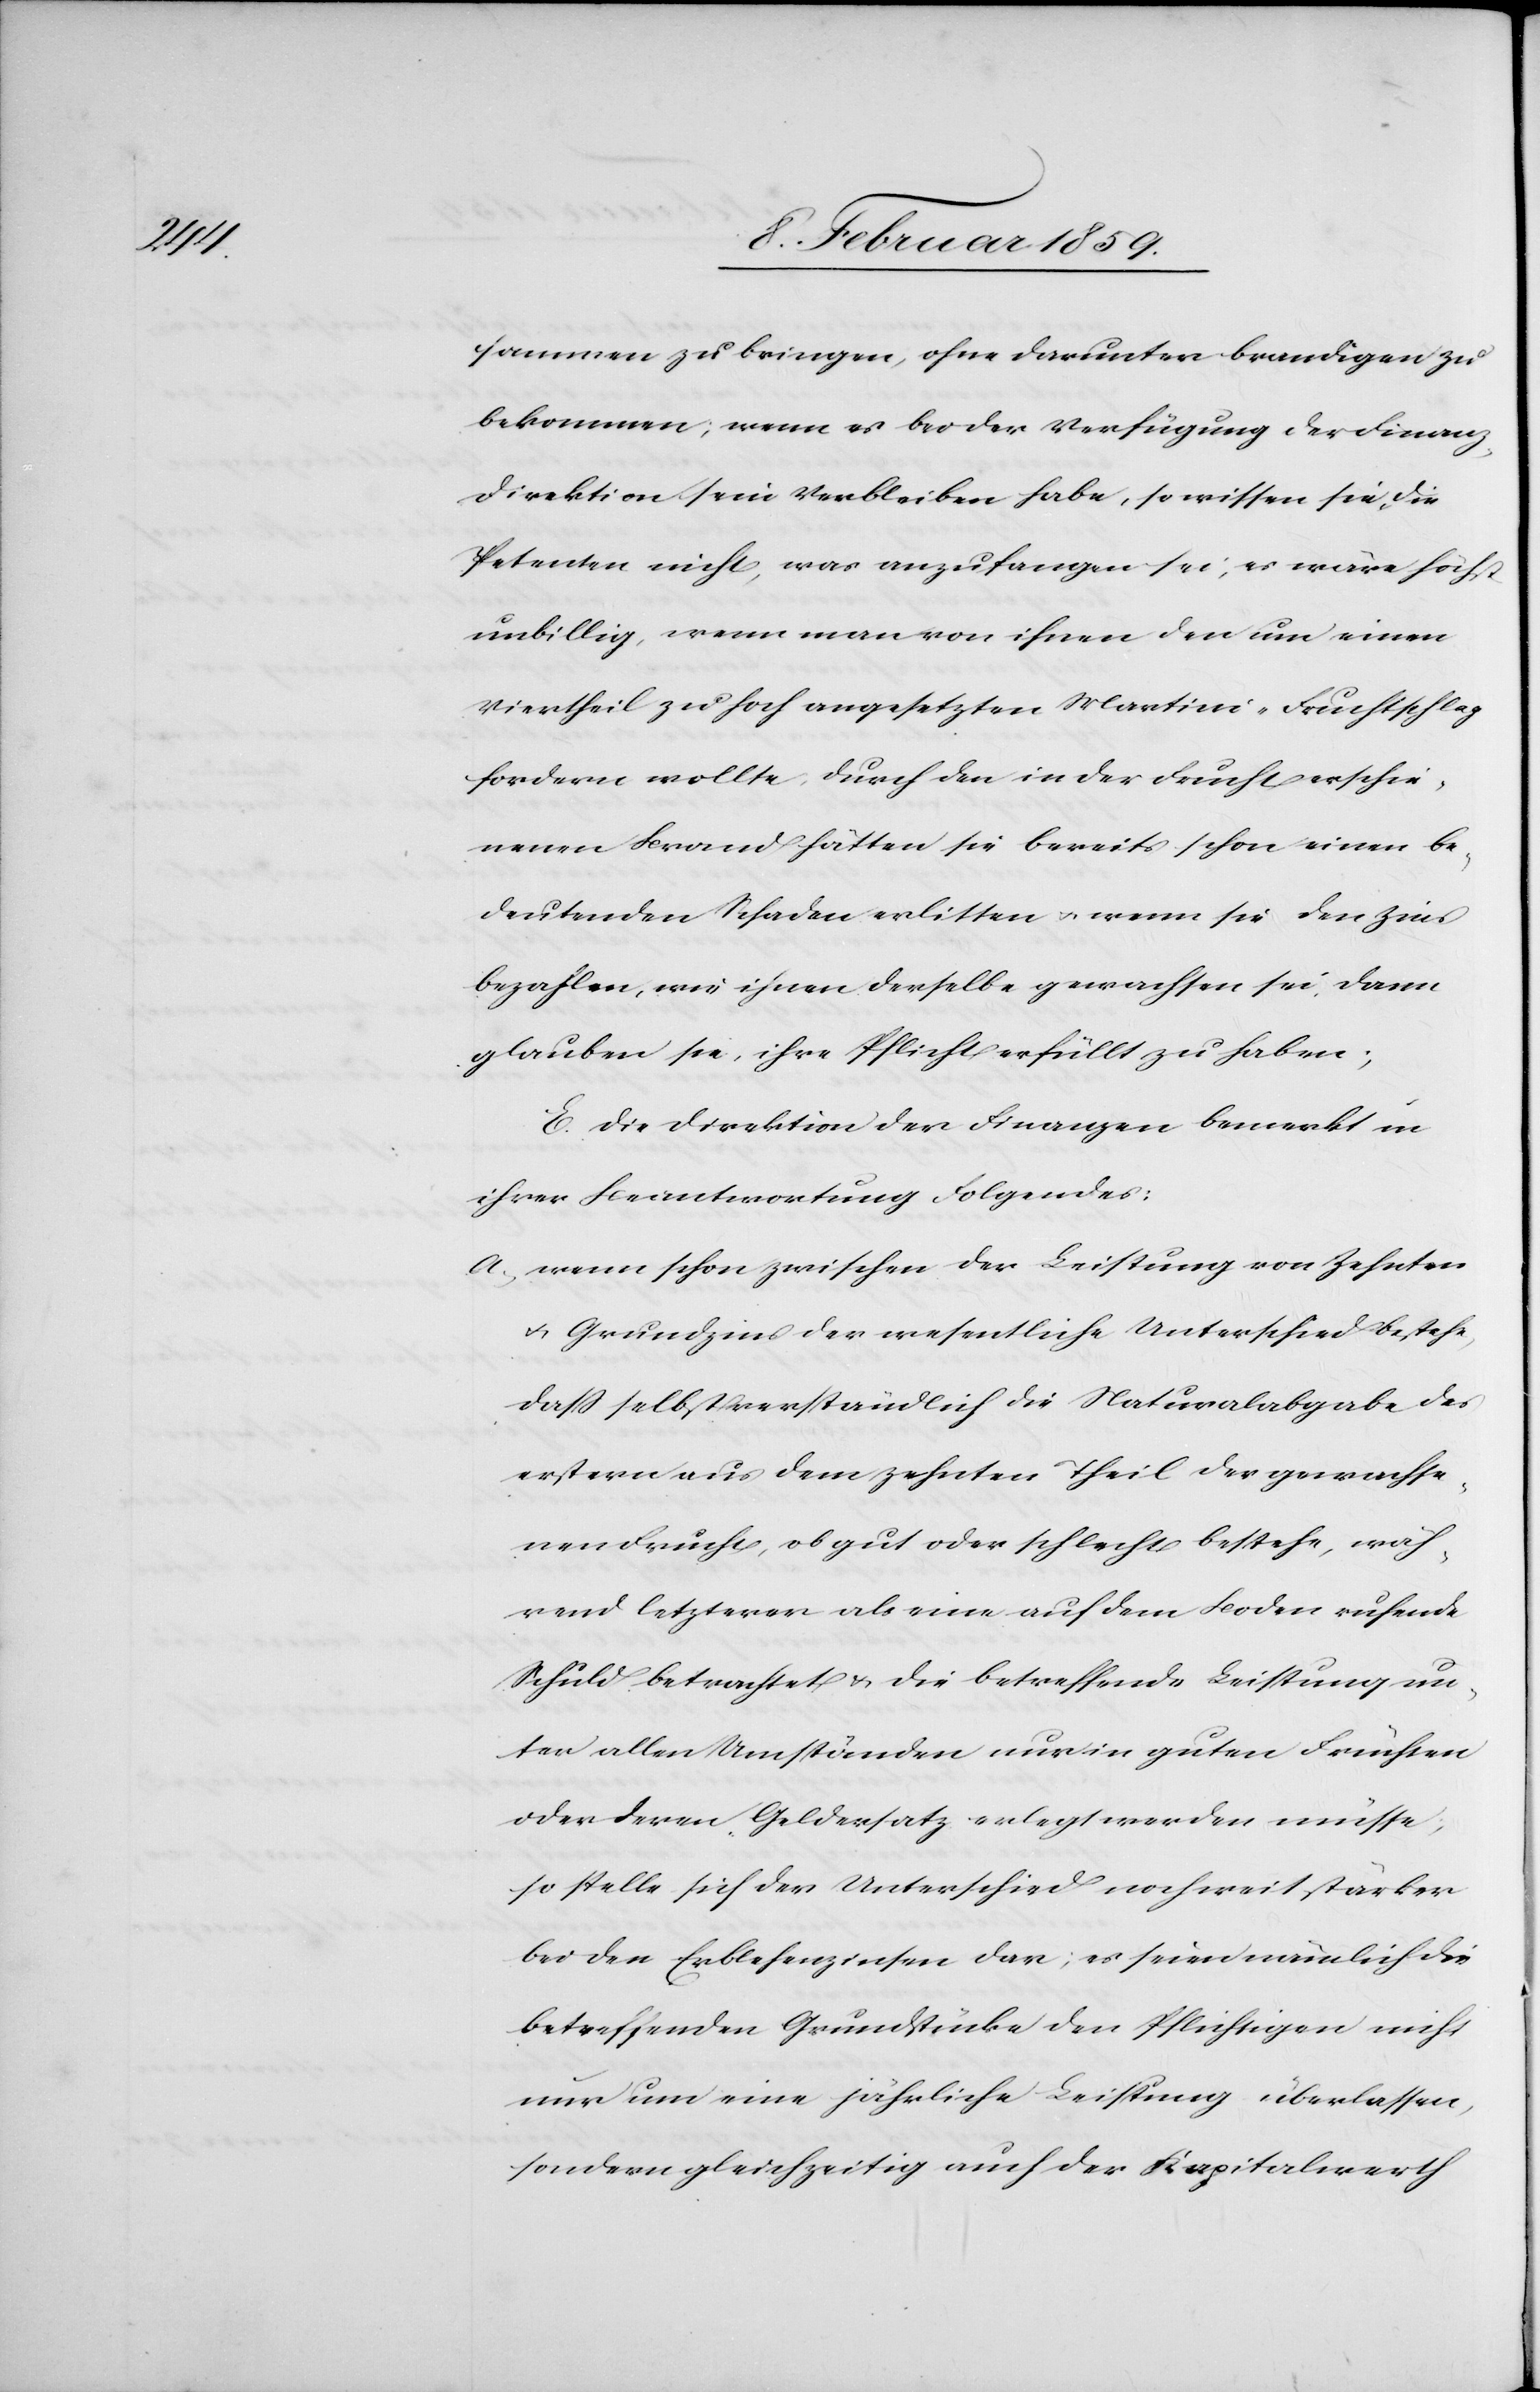
sammen zu bringen, ohne darunter brandigen zu
bekommen; wenn es bei der Verfügung der Finanz¬
direktion sein Verbleiben habe, so wissen sie, die
Petenten nicht, was anzufangen sei, es wäre höchst
unbillig, wenn man von ihnen den um einen
Viertheil zu hoch angesetzten Martini-Fruchtschlag
fordern wollte; durch den in der Frucht erschie¬
nenen Brand hätten sie bereits schon einen be¬
deutenden Schaden erlitten u. wenn sie den Zins
bezahlen, wie ihnen derselbe gewachsen sei, denn
glauben sie, ihre Pflicht erfüllt zu haben;
E. Die Direktion der Finanzen bemerkt in
ihrer Beantwortung Folgendes:
a, wenn schon zwischen der Leistung von Zehnten
u. Grundzins der wesentliche Unterschied bestehe,
daß selbstverständlich die Naturalabgabe des
erstern aus dem zehnten Theil der gewachse¬
nen Frucht, ob gut oder schlecht bestehe, wäh¬
rend letzteren als eine auf dem Boden ruhende
Schuld betrachtet u. die betreffende Leistung un¬
ter allen Umständen nur in guten Früchten
oder deren Geldersatz erlegt werden müsse;
so stelle sich der Unterschied noch weit stärker
bei den Erblehenzinsen dar; es seien nämlich die
betreffenden Grundstücke den Pflichtigen nicht
nur um eine jährliche Leistung überlassen,
sondern gleichzeitig auch der Kapitalwerth